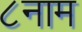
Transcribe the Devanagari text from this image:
८नाम